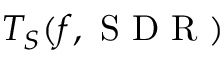
T _ { S } ( f , \mathrm { ~ S ~ D ~ R ~ } )